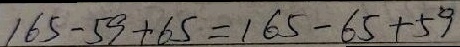
1 6 5 - 5 9 + 6 5 = 1 6 5 - 6 5 + 5 9